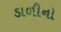
ડાળીનો